Source: Handwritten
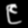
Digit: ၉ (9)